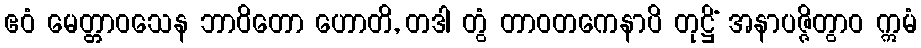
ဧဝံ မေတ္တာဝသေန ဘာဝိတော ဟောတိ, တဒါ တွံ တာဝတကေနာပိ တုဋ္ဌိံ အနာပဇ္ဇိတွာဝ ဣမံ